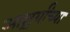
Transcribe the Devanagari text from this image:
आश्चर्यांच्या